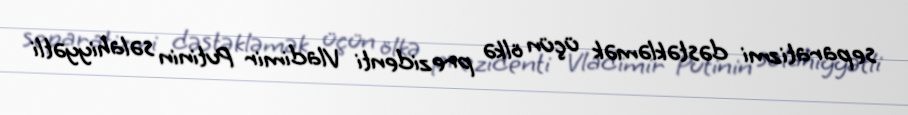
separatizmi dəstəkləmək üçün ölkə prezidenti Vladimir Putinin səlahiyyətli